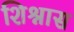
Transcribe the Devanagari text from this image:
शिश्नास